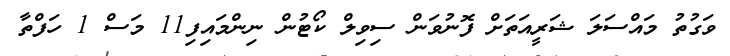
ވަގުތު މައްސަލަ ޝަރީއަތަށް ފޮނުވަން ސިވިލް ކޯޓުން ނިންމައިފި11 މަސް 1 ހަފްތާ